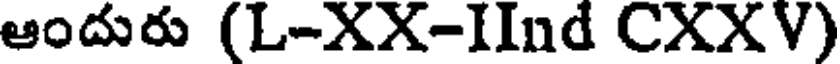
ఆందురు (L-XX-IInd CXXV)